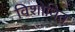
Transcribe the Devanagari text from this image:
विशोधित